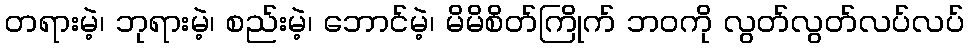
တရားမဲ့၊ ဘုရားမဲ့၊ စည်းမဲ့၊ ဘောင်မဲ့၊ မိမိစိတ်ကြိုက် ဘဝကို လွတ်လွတ်လပ်လပ်